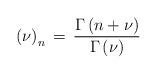
LaTeX: \begin{align*}\left( \nu \right)_n \, = \,\frac{\Gamma \left( n+\nu \right)}{\Gamma \left( \nu \right)}\,\end{align*}